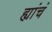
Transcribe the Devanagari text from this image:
ह्यांचं